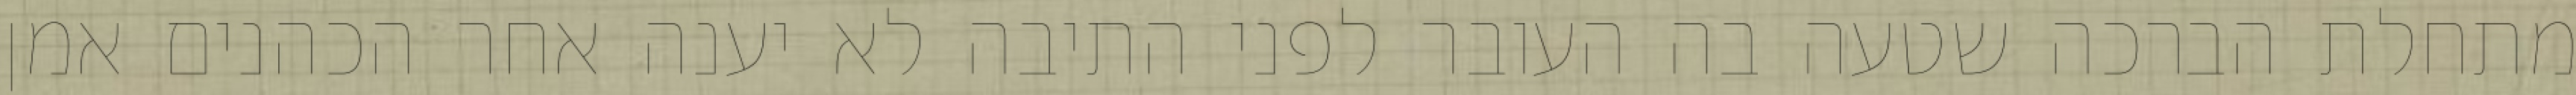
מתחלת הברכה שטעה בה העובר לפני התיבה לא יענה אחר הכהנים אמן